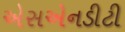
એસએનડીટી